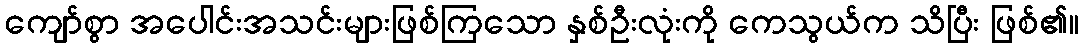
ကျော်စွာ အပေါင်းအသင်းများဖြစ်ကြသော နှစ်ဦးလုံးကို ကေသွယ်က သိပြီး ဖြစ်၏။